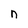
Character: n